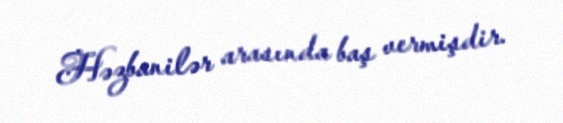
Həzbanilər arasında baş vermişdir.